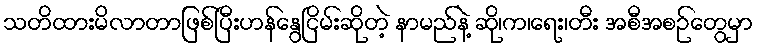
သတိထားမိလာတာဖြစ်ပြီးဟန်နွေငြိမ်းဆိုတဲ့ နာမည်နဲ့ ဆို၊က၊ရေး၊တီး အစီအစဉ်တွေမှာ